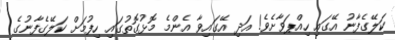
ކަލޭގެފާނު އޭގައި ހިއްޕަވާށެވެ! އަދި އޭގައިވާ އެންމެ މޮޅުގޮތުގައި ހިފުމަށް ކަލޭގެފާނުގެ